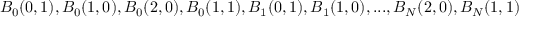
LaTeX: B _ { 0 } ( 0 , 1 ) , B _ { 0 } ( 1 , 0 ) , B _ { 0 } ( 2 , 0 ) , B _ { 0 } ( 1 , 1 ) , B _ { 1 } ( 0 , 1 ) , B _ { 1 } ( 1 , 0 ) , . . . , B _ { N } ( 2 , 0 ) , B _ { N } ( 1 , 1 )